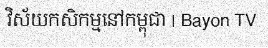
វិស័យកសិកម្មនៅកម្ពុជា | Bayon TV